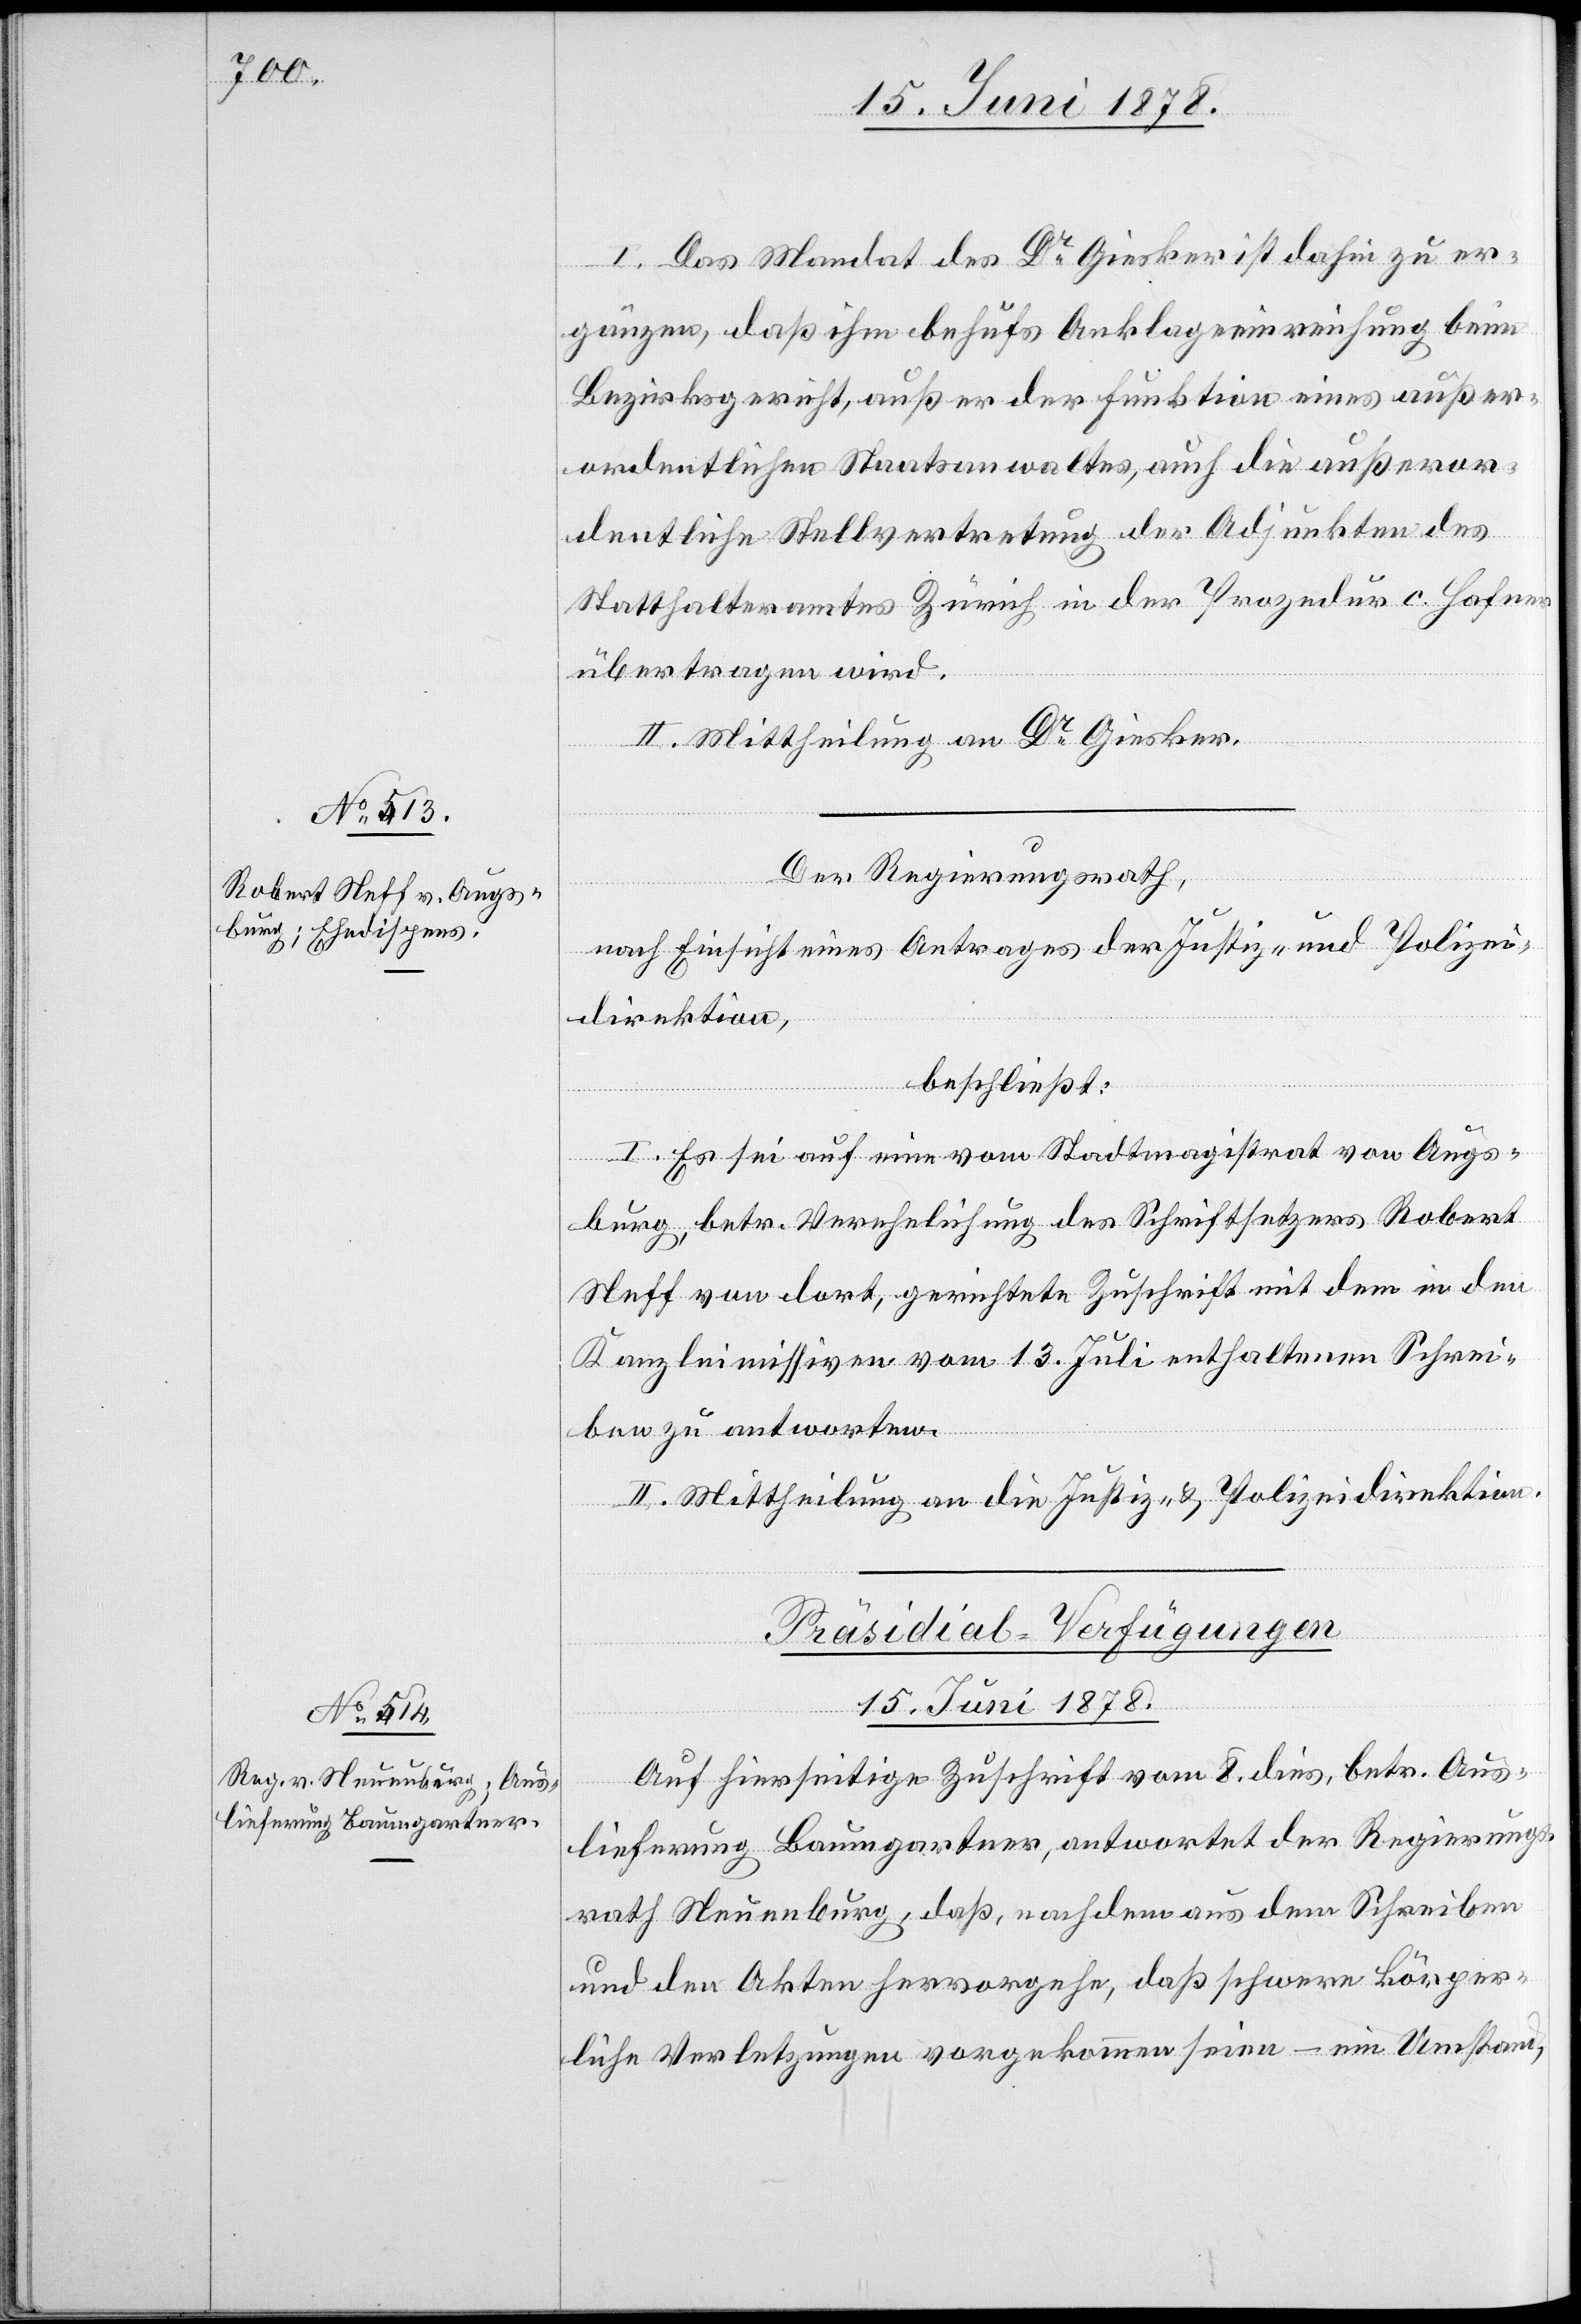
I. Das Mandat des Dr Giesker ist dahin zu er¬
gänzen, daß ihm behufs Anklageeinreichung beim
Bezirksgericht, außer der Funktion eines außer¬
ordentlichen Staatsanwaltes, auch die außeror¬
dentliche Stellvertretung der Adjunkten des
Statthalteramtes Zürich in der Prozedur c. Hafner
übertragen wird.
II. Mittheilung an Dr Giesker.
Der Regierungsrath,
nach Einsicht eines Antrages der Justiz- & Polizei¬
direktion,
beschließt:
I. Es sei auf eine vom Stadtmagistrat von Augs¬
burg, betr. Verehelichung des Schriftsetzers Robert
Neff von dort, gerichtete Zuschrift mit dem in den
Kanzleimissiven vom 13. Juli enthaltenen Schrei¬
ben zu antworten.
II. Mittheilung an die Justiz- & Polizeidirektion.
Präsidial-Verfügungen
15. Juni 1878.
Auf hierseitige Zuschrift vom 8. dies, betr. Aus¬
lieferung Baumgartner, antwortet der Regierungs¬
rath Neuenburg, daß, nachdem aus dem Schreiben
und den Akten hervorgehe, daß schwere körper¬
liche Verletzungen vorgekommen seien – ein Umstand,